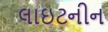
લાઇટનીન